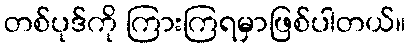
တစ်ပုဒ်ကို ကြားကြရမှာဖြစ်ပါတယ်။